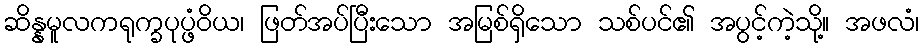
ဆိန္နမူလကရုက္ခပုပ္ဖံဝိယ၊ ဖြတ်အပ်ပြီးသော အမြစ်ရှိသော သစ်ပင်၏ အပွင့်ကဲ့သို့။ အဖလံ၊